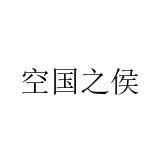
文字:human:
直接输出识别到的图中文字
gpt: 空国之侯